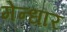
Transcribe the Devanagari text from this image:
मेन्धार